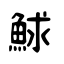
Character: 鯄